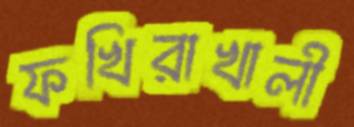
ফখিরাখালী